Vaccination North-Western Provinces and Oudh 1896-1901 - 1896-1901
Year: 1896
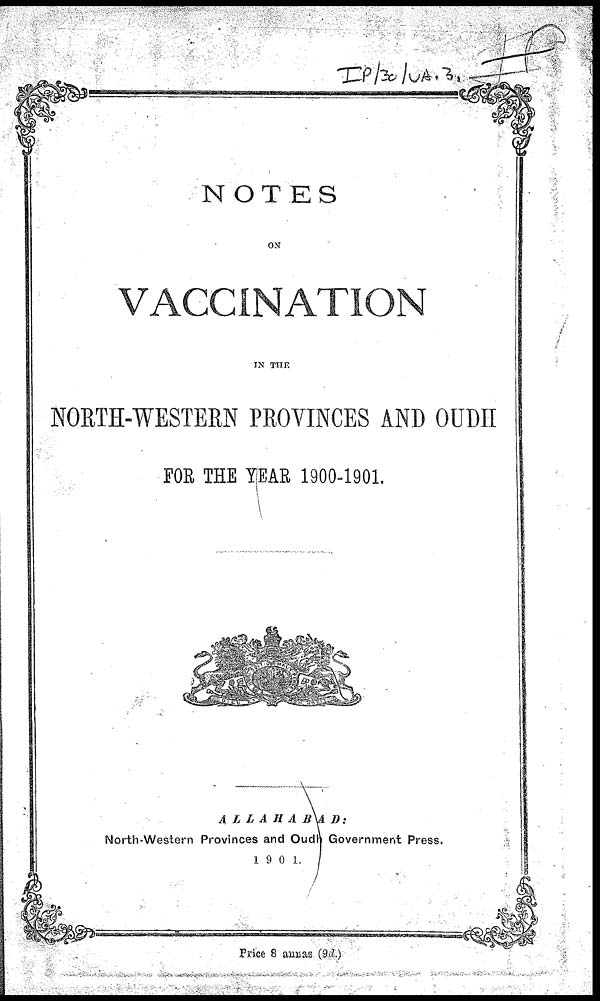
NOTES
ON
VACCINATION
IN THE
NORTH-WESTERN PROVINCES AND OUDH
FOR THE YEAR 1900-1901.
ALLAHABAD:
North-Western Provinces and Oudh Government Press.
1901.